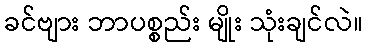
ခင်ဗျား ဘာပစ္စည်း မျိုး သုံးချင်လဲ။